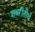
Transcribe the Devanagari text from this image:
शबरीतीर्थ